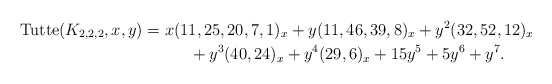
\begin{gather*}{\rm Tutte}(K_{2,2,2},x,y)= x(11,25 ,20,7,1)_{x}+ y (11,46,39,8)_{x} +y^2(32,52,12)_{x}\\\hphantom{{\rm Tutte}(K_{2,2,2},x,y)=}{}+y^3(40,24)_{x}+ y^4(29,6)_{x}+15y^{5}+5 y^{6}+y^{7} .\end{gather*}